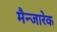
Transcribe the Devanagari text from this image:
मैन्जारेक